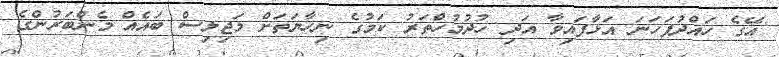
އޭގެ ހައްދުފަހަނަ އަޅާފައިވާ އަދި ހުދުމުހްތަރު ކަމުގެ ނިހާޔަތަށް މަޖިލިސް ބައެއް މެންބަރުންގެ